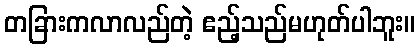
တခြားကလာလည်တဲ့ ဧည့်သည်မဟုတ်ပါဘူး။